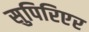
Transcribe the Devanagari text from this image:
सुपिरिएर